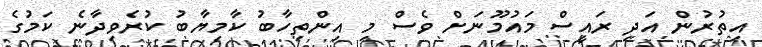
އިތުރުން އަދި ރައީސް މައުމޫނަށް ވެސް މި އިންތިހާބު ކާމިޔާބު ކުރެވިދާނެ ކަމުގެ